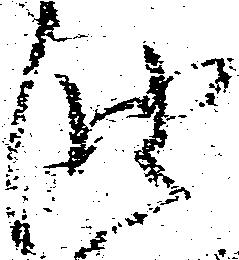
油